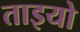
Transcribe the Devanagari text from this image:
ताइयो